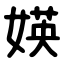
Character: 媖